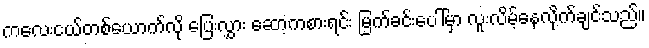
ကလေးငယ်တစ်ယောက်လို ပြေးလွှား ဆော့ကစားရင်း မြက်ခင်းပေါ်မှာ လူးလိမ့်နေလိုက်ချင်သည်။